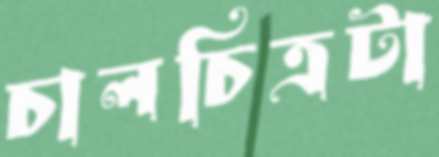
চালচিত্রটা